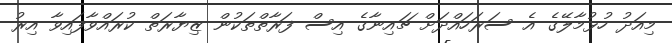
މިއަދު ހުޅުމާލޭގެ އެ ސަރަހައްދަށް ޗައިނާގެ އިސް ފަރާތްތަކުން ޒިޔާރަތް ކުރައްވާފައިވާ އިރު